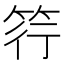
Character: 筕